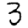
Digit: 3